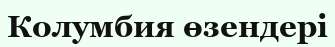
Колумбия өзендері